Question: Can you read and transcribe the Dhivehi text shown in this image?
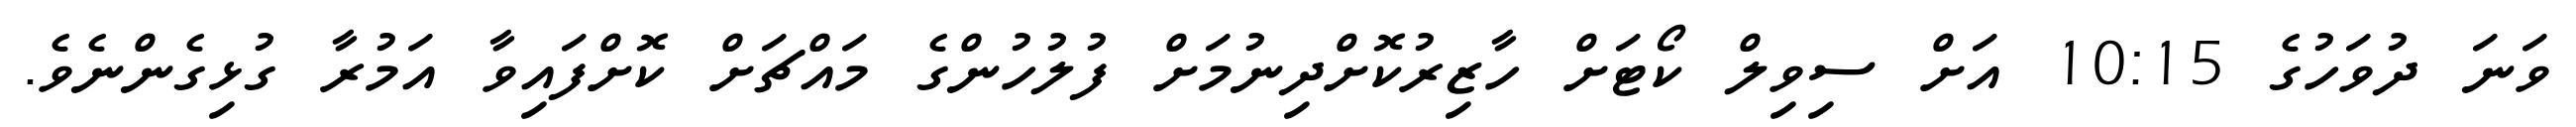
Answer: ވަނަ ދުވަހުގެ 10:15 އަށް ސިވިލް ކޯޓަށް ހާޒިރުކޮށްދިނުމަށް ފުލުހުންގެ މައްޗަށް ކޮށްފައިވާ އަމުރާ ގުޅިގެންނެވެ.